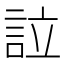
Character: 𧦰